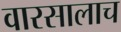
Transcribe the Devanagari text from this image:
वारसालाच